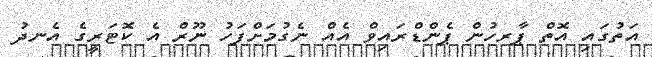
އަތުގައި އޮތް ޕާރހުން ޕެންޑްރައިވް އެއް ނެގުމަށްފަހު ނޫރް އެ ކޮޓަރީގެ އެނދު